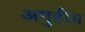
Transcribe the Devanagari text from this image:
अगुहीय